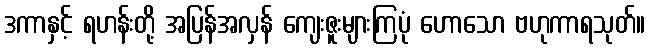
ဒကာနှင့် ရဟန်းတို့ အပြန်အလှန် ကျေးဇူးများကြပုံ ဟောသော ဗဟုကာရသုတ်။